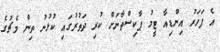
އެ ފަހަރު އިންޑިއާ ޓީމު ޕާކިސްތާނަށް ކުރި ދަތުރުގައި ކުޅުނު ތިން މެޗުގެ